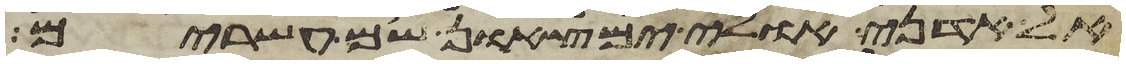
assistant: אל אדני אולי ימצאון שם עשרים